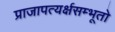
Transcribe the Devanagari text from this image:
प्राजापत्यर्क्षसम्भूतो